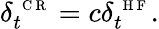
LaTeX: \delta_{t}^{\mathrm{~\scriptsize~C~R~}}=c\delta_{t}^{\mathrm{~\scriptsize~H~F~}}.